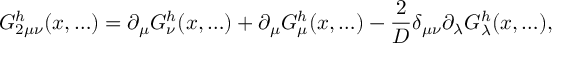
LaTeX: G _ { 2 \mu \nu } ^ { h } ( x , \ldots ) = \partial _ { \mu } G _ { \nu } ^ { h } ( x , \ldots ) + \partial _ { \mu } G _ { \mu } ^ { h } ( x , \ldots ) - \frac { 2 } { D } \delta _ { \mu \nu } \partial _ { \lambda } G _ { \lambda } ^ { h } ( x , \ldots ) ,